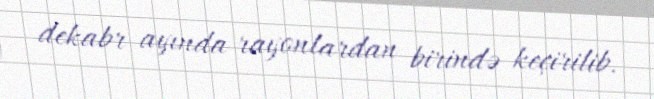
dekabr ayında rayonlardan birində keçirilib.